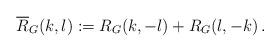
LaTeX: \begin{align*} \overline R_G(k,l):=R_G(k,-l)+R_G(l,-k)\,.\end{align*}